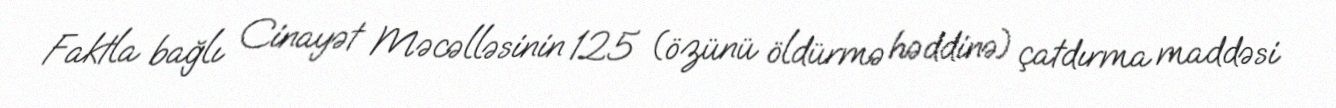
Faktla bağlı Cinayət Məcəlləsinin 125 (özünü öldürmə həddinə) çatdırma maddəsi